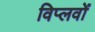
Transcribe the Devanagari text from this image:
विप्लवों